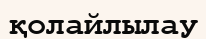
қолайлылау